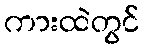
ကားထဲတွင်